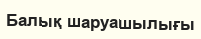
Балық шаруашылығы